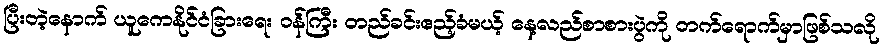
ပြီးတဲ့နောက် ယူကေနိုင်ငံခြားရေး ဝန်ကြီး တည်ခင်းဧည့်ခံမယ့် နေ့လည်စာစားပွဲကို တက်ရောက်မှာဖြစ်သလို